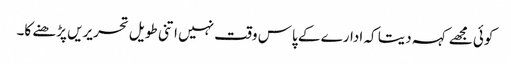
کوئی مجھے کہہ دیتا کہ ادارے کے پاس وقت نہیں اتنی طویل تحریریں پڑھنے کا۔